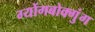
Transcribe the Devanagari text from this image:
ग्योंगबोक्गुंग